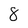
Character: 8